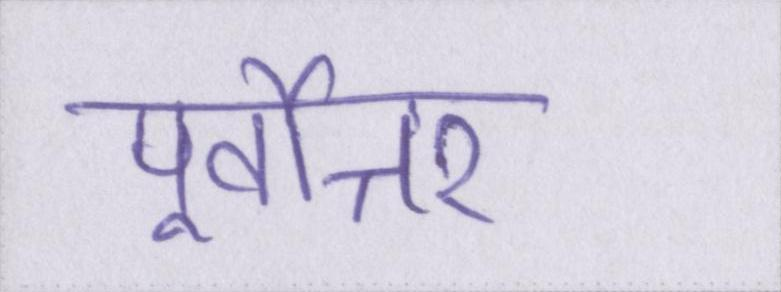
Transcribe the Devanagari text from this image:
पूर्वोत्तर